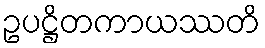
ဥပဋ္ဌိတကာယဿတိ